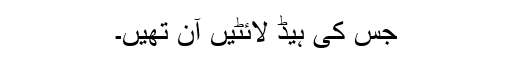
جس کی ہیڈ لائٹیں آن تھیں۔